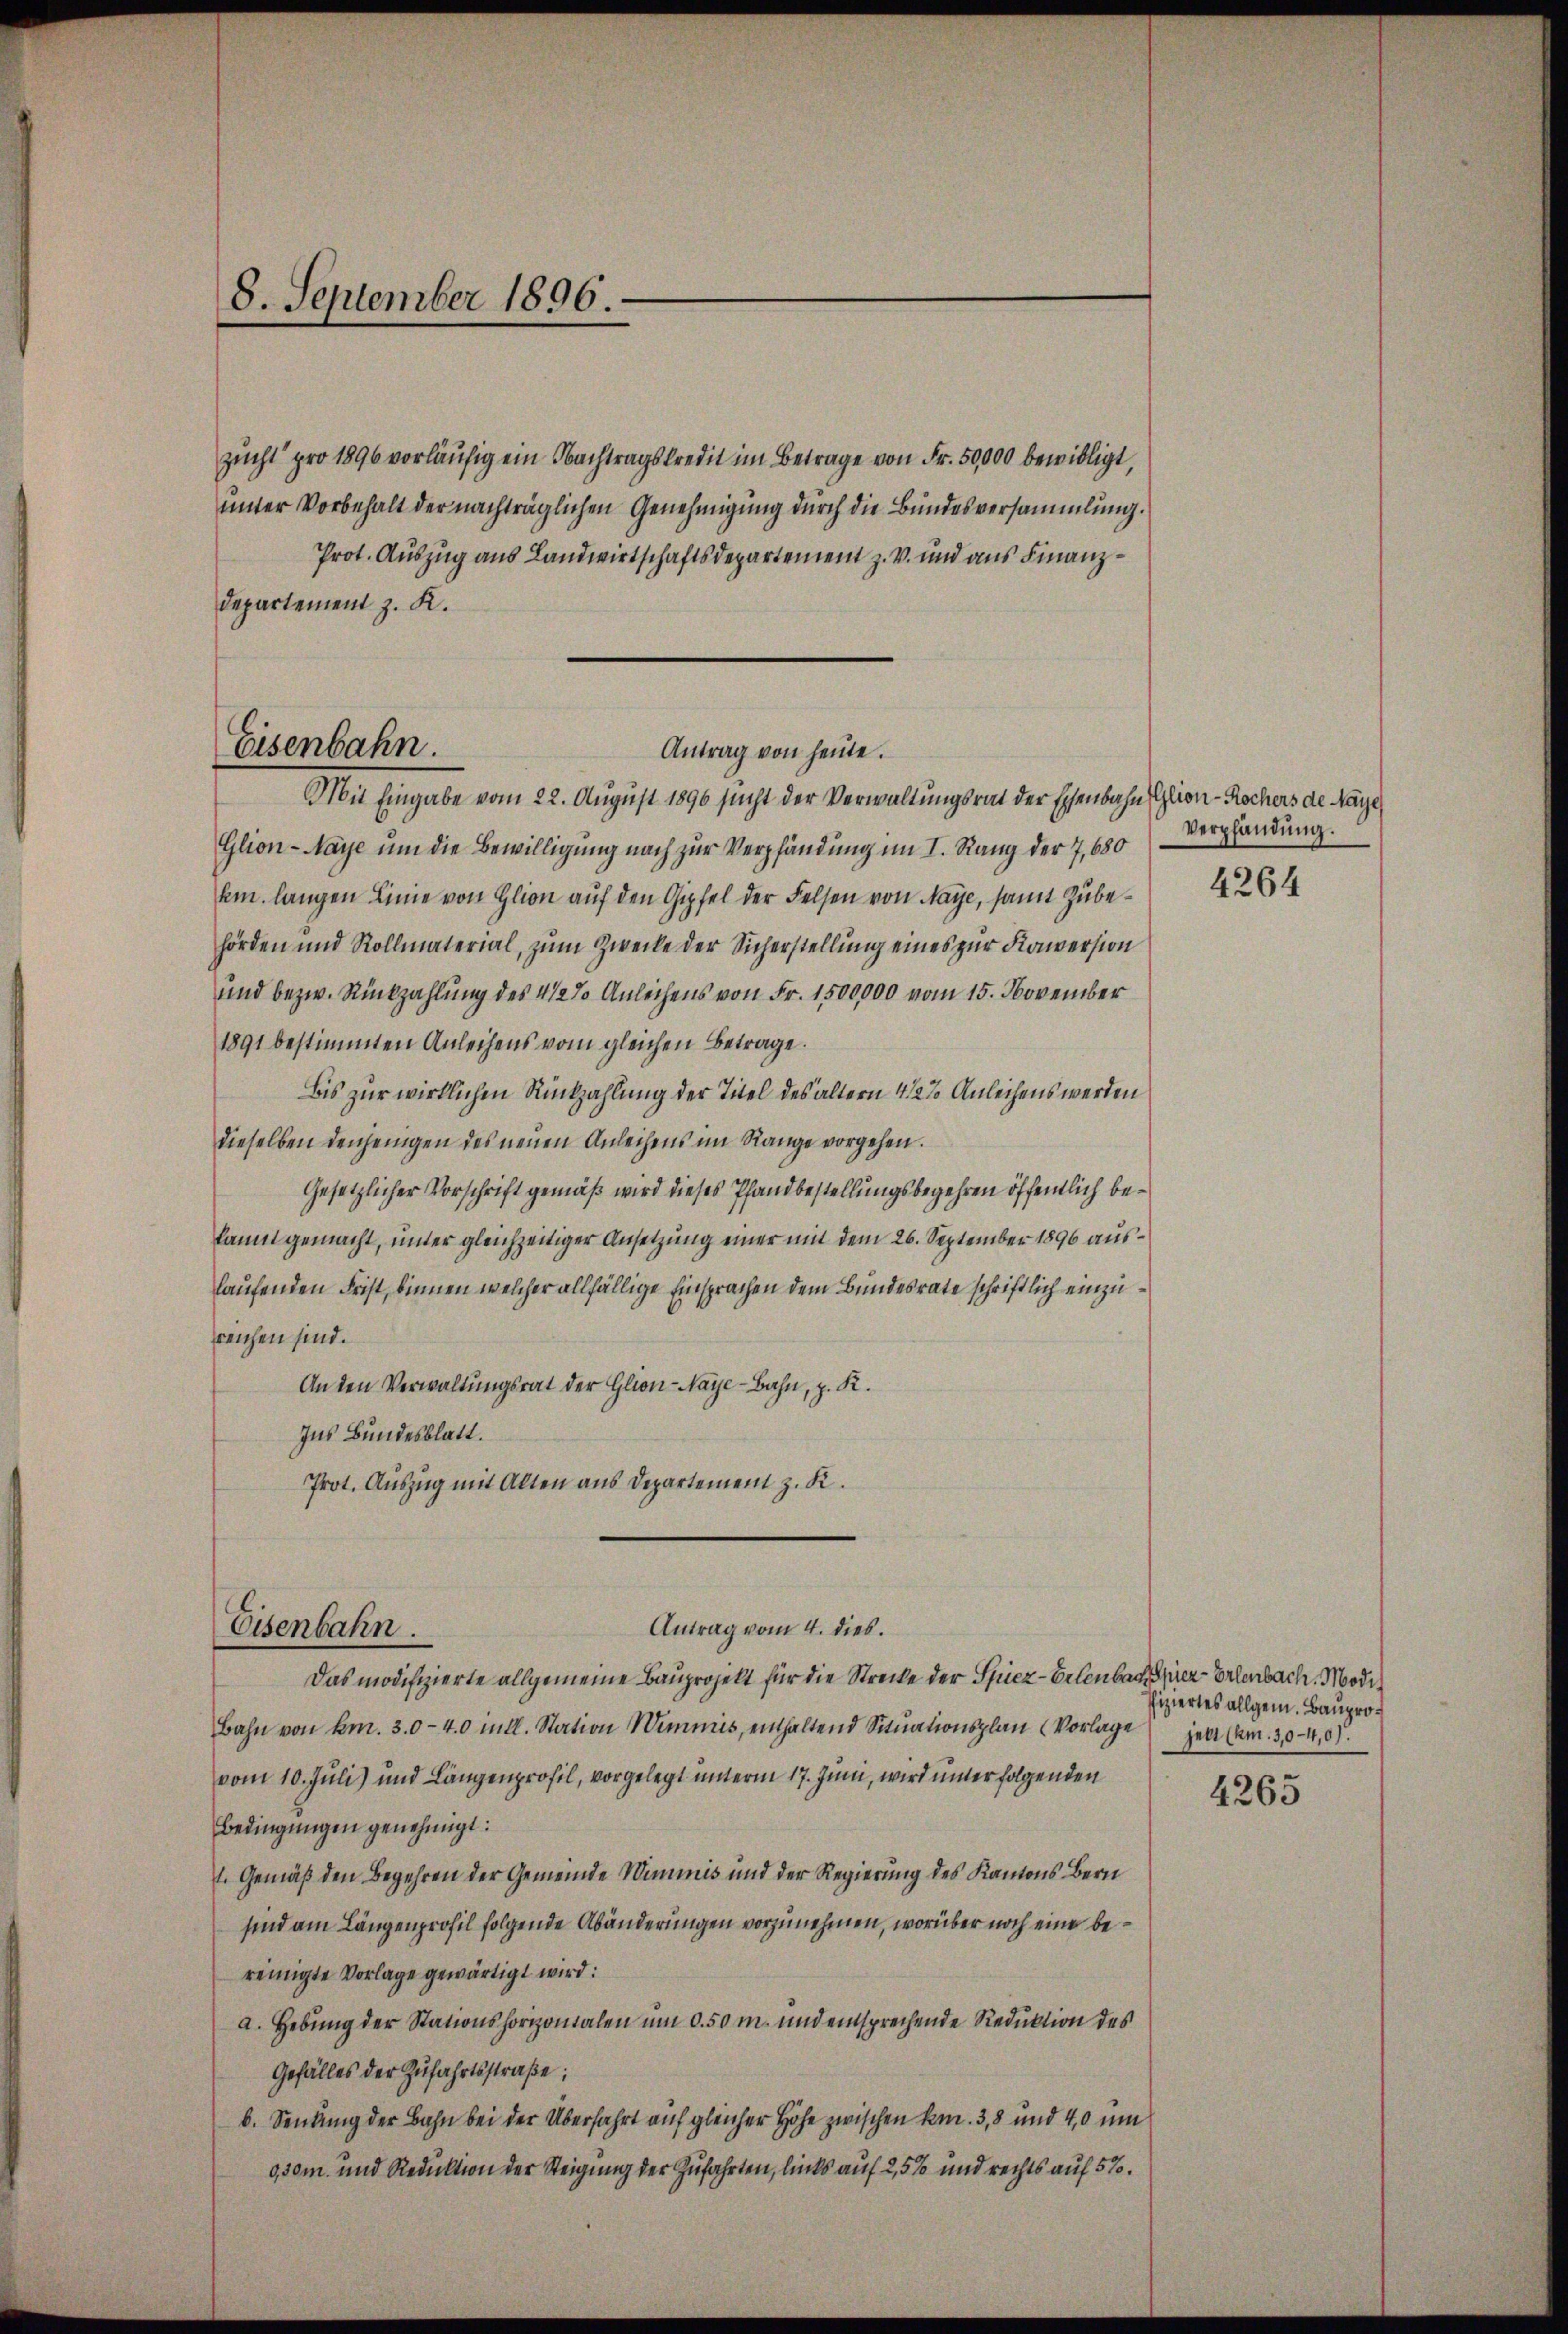
zucht pro 1896 vorläufig ein Nachtragskredit im Betrage von Fr. 50,000 bewilligt,
unter Vorbehalt der nachträglichen Genehmigung durch die Bundesversammlung.
Prot. Auszug aus Landwirtschaftsdepartement z. v. und aus Finanz¬
Departement z. K.
Mit Eingabe vom 22. August 1890 sucht der Verwaltungsrat der Eisenbahn Glion-Rochers de Maye
Glion-Naye um die Bewilligung nach zur Verpfändung im I. Rang der 7,680
km. langen Linie von Glion auf den Gipfel der Felsen von Maye, samt Zubehörden und Rollmaterial, zum Zwecke der Sicherstellung eines zur Koniversion
und bezw. Rückzahlung des 4 1/2% Anleihens von Fr. 1500,000 vom 15. November
1891 bestimmten Anleihens vom gleichen Betrage.
bis zur wirklichen Rückzahlung der Titel des ältern 4 1/2% Anleihens werden
dieselben denjenigen des neuen Anleihens im Range vorgehen.
Gesetzlicher Vorschrift gemäß wird dieses Pfandbestellungsbegehren öffentlich bekannt gemacht, unter gleichzeitiger Ansetzung einer mit dem 26. September 1896 auslaufenden Frist, binnen welcher allfällige Einsprachen dem Bundesrate schriftlich einzureichen sind.
Anden Verwaltungsrat der Glion-Naye-Bahn, z. K.
Ins Bundesblatt.
Prot. Auszug mit Alten aus Departement z. K.
Antrag vom 4. dies.
Eisenbahn.
Das modifizierte allgemeine Bauprojekt für die Strecke der Spiez-Erlenbach der Erlenbach. Modi¬
Bahn von km. 30-40 in Al. Station Wimmis, enthaltend Situationsplan (Vorlage jetzt (Am. 30-4,07.
vom 10. Juli) und Längenprofil, vorgelegt unterm 17. Juni, wird unter folgenden
Bedingungen genehmigt:
l. Gemäß den Begehren der Gemeinde Wimmis und der Regierung des Kantons Bern
sind am Längenprofil folgende Abänderungen vorzunehmen, worüber noch eine bereinigte Vorlage gewärtigt wird:
a. Hebung der Stationshorizontalen um d. 50 m. und entsprechende Reduktion des
Gefälles der Zufahrtsstraße;
b. Sendung der Bahn bei der Überfahrt auf gleicher Höhe zwischen kn. 3, 8 und 40 um
9,30m und Reduktion der Steigung der Zufahrten, links auf 2,5% und rechts auf 5%.

8. September 1896.

Eisenbahn.

Antrag von heute.

Verpfändung.

4264

ffiziertes allgem. Baupro¬

4263